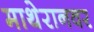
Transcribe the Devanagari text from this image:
माथेरानवर